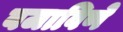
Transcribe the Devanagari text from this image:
बजाविणे